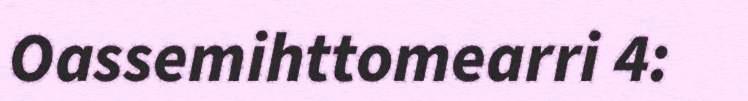
Oassemihttomearri 4: